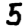
Digit: 5